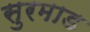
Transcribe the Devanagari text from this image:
सुरमाड